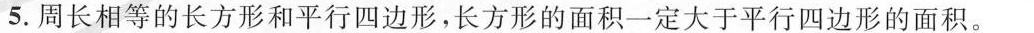
5.周长相等的长方形和平行四边形，长方形的面积一定大于平行四边形的面积。